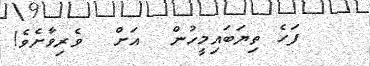
ފަހެ ތިޔަބައިމީހުން  އަށް  ވެރިވާށެވެ!